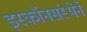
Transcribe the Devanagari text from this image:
इस्कॉनसंस्थेने